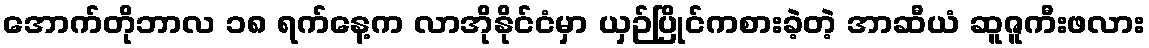
အောက်တိုဘာလ ၁၈ ရက်နေ့က လာအိုနိုင်ငံမှာ ယှဉ်ပြိုင်ကစားခဲ့တဲ့ အာဆီယံ ဆူဇူကီးဖလား